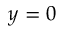
y = 0